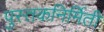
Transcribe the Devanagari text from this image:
पुस्तकनिर्मिती